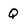
Character: Q